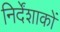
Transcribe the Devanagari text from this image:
निर्देंशाकों